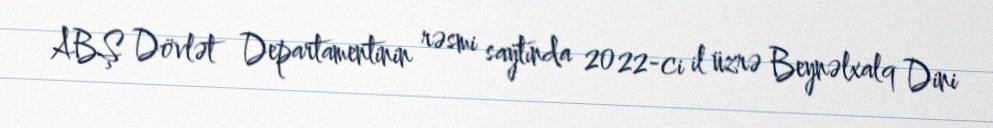
ABŞ Dövlət Departamentinin rəsmi saytında 2022-ci il üzrə Beynəlxalq Dini